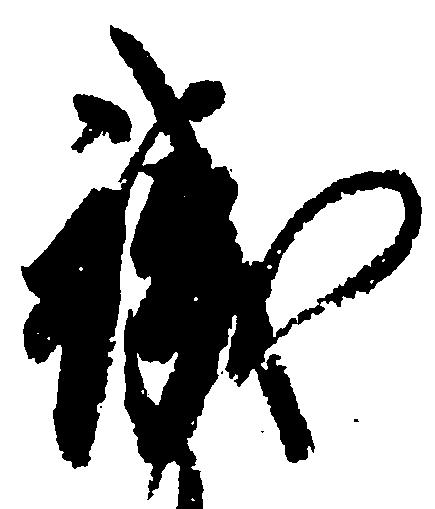
職